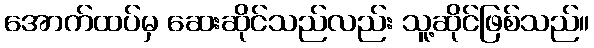
အောက်ထပ်မှ ဆေးဆိုင်သည်လည်း သူ့ဆိုင်ဖြစ်သည်။